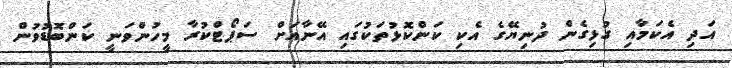
އަދި އެކަމާއި ގުޅިގެން ދުނިޔޭގެ އެކި ކަންކޮޅުތަކުގައި އޭނާއަށް ސަޕޯޓްކުރާ މީހުންވަނީ ކަންބޮޑުވުން